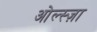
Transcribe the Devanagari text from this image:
ओल्स्ज़ा